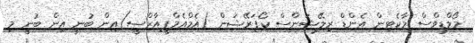
މޯލްޑިވްސް މާކެޓިން އެންޑް ރިލޭޝަންސް ކޯޕަރޭޝަން (އެމްއެމްޕީއާރްސީ)އިން ބުނީ އިން ބުނީ މި